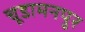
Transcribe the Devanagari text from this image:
चूडामनपुर